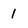
Character: 1